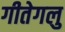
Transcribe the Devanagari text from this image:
गीतेगलु